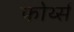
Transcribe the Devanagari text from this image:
फोर्थ्स